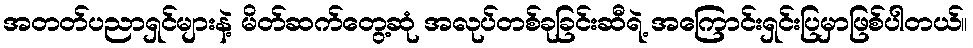
အတတ်ပညာရှင်များနဲ့ မိတ်ဆက်တွေ့ဆုံ အလုပ်တစ်ခုခြင်းဆီရဲ့ အကြောင်းရှင်းပြမှာဖြစ်ပါတယ်။